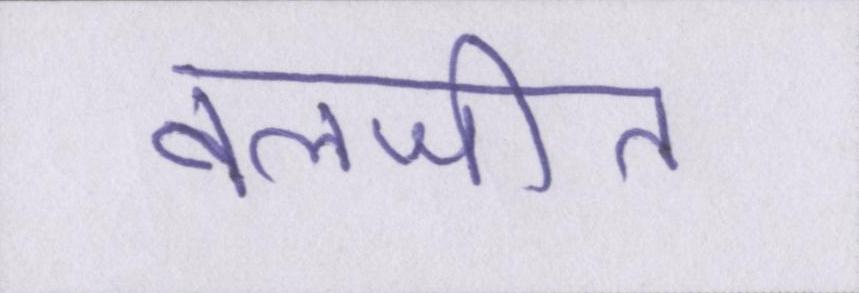
बलजीत